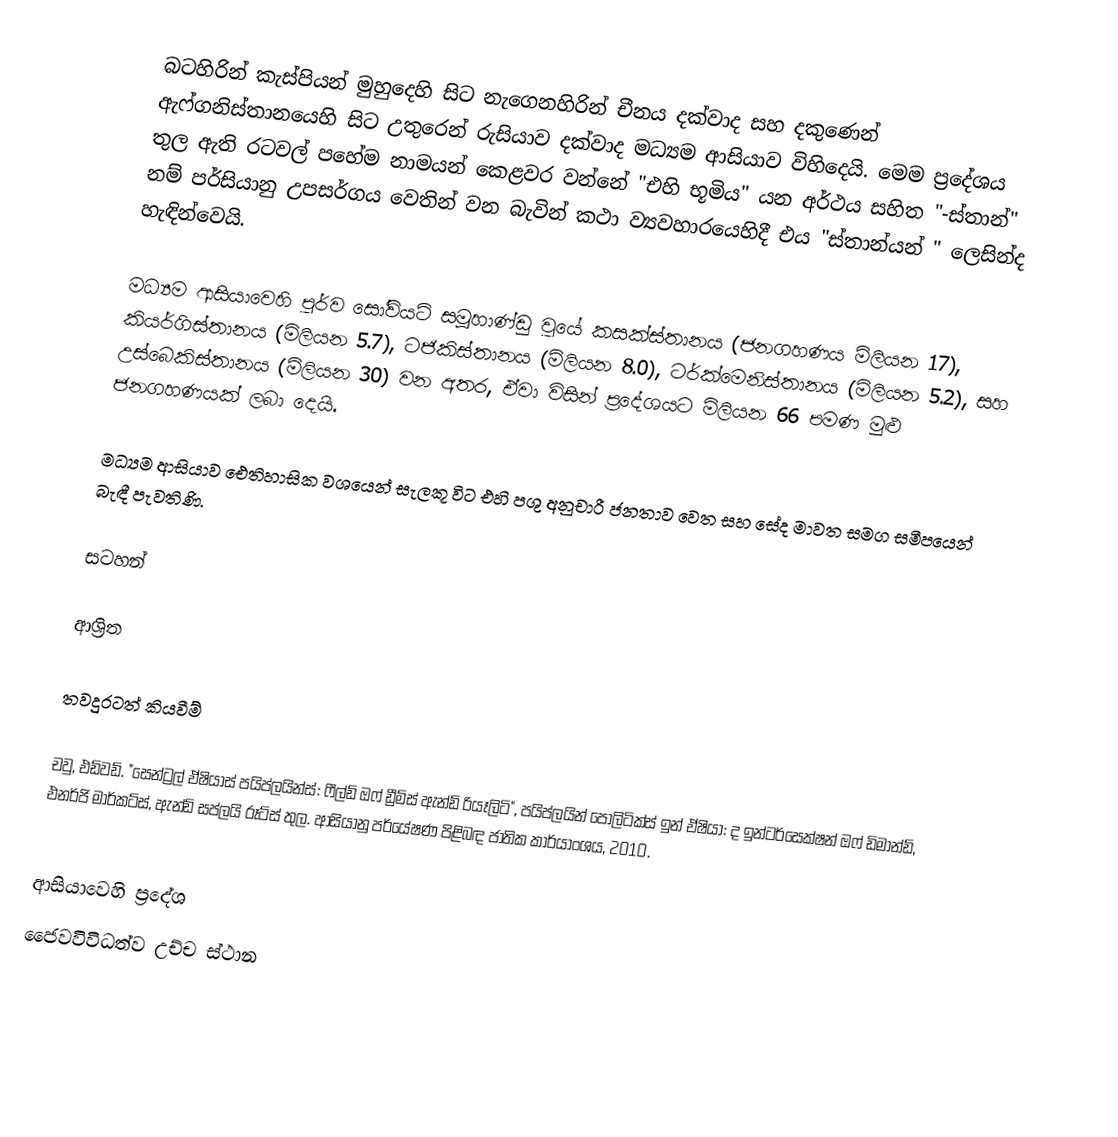
බටහිරින් කැස්පියන් මුහුදෙහි සිට නැගෙනහිරින් චීනය දක්වාද  සහ දකුණෙන් ඇෆ්ගනිස්තානයෙහි සිට උතුරෙන්  රුසියාව දක්වාද මධ්‍යම ආසියාව විහිදෙයි. මෙම ප්‍රදේශය තුල ඇති රටවල් පහේම නාමයන් කෙළවර වන්නේ "එහි භූමිය" යන අර්ථය සහිත "-ස්තාන්" නම් පර්සියානු උපසර්ගය වෙතින් වන බැවින්   කථා ව්‍යවහාරයෙහිදී එය  "ස්තාන්යන් " ලෙසින්ද හැඳින්වෙයි.

මධ්‍යම ආසියාවෙහි පූර්ව සෝවියට් සමූහාණ්ඩු වූයේ  කසක්ස්තානය (ජනගහණය මිලියන 17), කියර්ගිස්තානය (මිලියන 5.7), ටජිකිස්තානය (මිලියන 8.0), ටර්ක්මෙනිස්තානය (මිලියන 5.2), සහ උස්බෙකිස්තානය (මිලියන 30) වන අතර, ඒවා විසින් ප්‍රදේශයට මිලියන 66 පමණ මුළු ජනගහණයක් ලබා දෙයි.

මධ්‍යම ආසියාව ඓතිහාසික වශයෙන් සැලකූ විට එහි පශු අනුචාරී ජනතාව වෙත සහ  සේද මාවත සමග සමීපයෙන්  බැඳී පැවතිණි.

සටහන්

ආශ්‍රිත

තවදුරටත් කියවීම්

 චවු, එඩ්වඩ්. "සෙන්ට්‍රල් ඒෂියාස් පයිප්ලයින්ස්: ෆීල්ඩ් ඔෆ් ඩ්‍රීම්ස් ඇන්ඩ් රියෑලිටි", පයිප්ලයින් පොලිටික්ස් ඉන් ඒෂියා: ද ඉන්ටර්සෙක්ෂන් ඔෆ් ඩිමාන්ඩ්, එනර්ජි මාර්කට්ස්, ඇන්ඩ් සප්ලයි රූට්ස් තුල. ආසියානු පර්යේෂණ පිළිබඳ ජාතික කාර්යාංශය, 2010.

ආසියාවෙහි ප්‍රදේශ
 ජෛවවිවිධත්ව උච්ච ස්ථාන